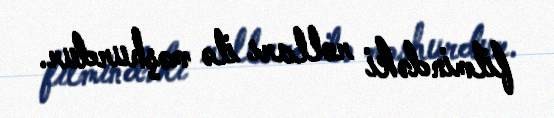
filmindəki rolları ilə məşhurdur.